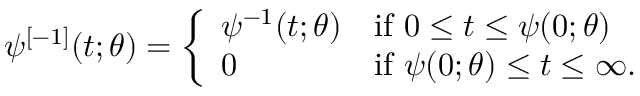
\psi ^ { [ - 1 ] } ( t ; \theta ) = \left\{ { \begin{array} { l l } { \psi ^ { - 1 } ( t ; \theta ) } & { { \mathrm { i f ~ } } 0 \leq t \leq \psi ( 0 ; \theta ) } \\ { 0 } & { { \mathrm { i f ~ } } \psi ( 0 ; \theta ) \leq t \leq \infty . } \end{array} } \right.